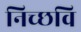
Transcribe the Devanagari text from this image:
निच्छवि